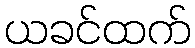
ယခင်ထက်